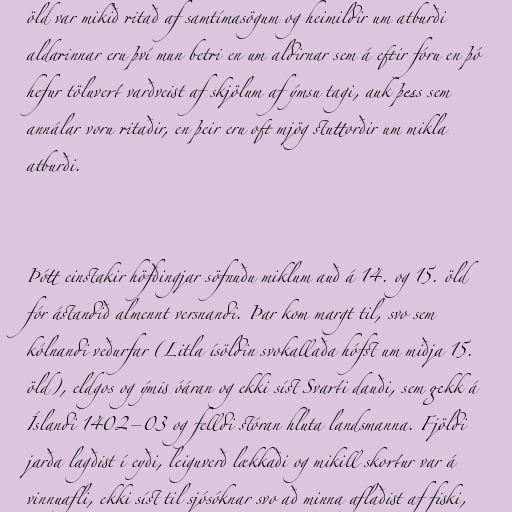
öld var mikið ritað af samtímasögum og heimildir um atburði
aldarinnar eru því mun betri en um aldirnar sem á eftir fóru en þó
hefur töluvert varðveist af skjölum af ýmsu tagi, auk þess sem
annálar voru ritaðir, en þeir eru oft mjög stuttorðir um mikla
atburði.

Þótt einstakir höfðingjar söfnuðu miklum auð á 14. og 15. öld
fór ástandið almennt versnandi. Þar kom margt til, svo sem
kólnandi veðurfar (Litla ísöldin svokallaða hófst um miðja 15.
öld), eldgos og ýmis óáran og ekki síst Svarti dauði, sem gekk á
Íslandi 1402–03 og felldi stóran hluta landsmanna. Fjöldi
jarða lagðist í eyði, leiguverð lækkaði og mikill skortur var á
vinnuafli, ekki síst til sjósóknar svo að minna aflaðist af fiski,